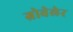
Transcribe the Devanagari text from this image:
ग्रोवेलेर